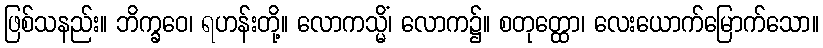
ဖြစ်သနည်း။ ဘိက္ခဝေ၊ ရဟန်းတို့။ လောကသ္မိံ၊ လောက၌။ စတုတ္ထော၊ လေးယောက်မြောက်သော။